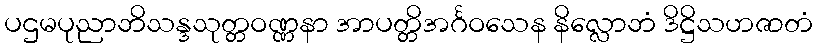
ပဌမပုညာဘိသန္ဒသုတ္တဝဏ္ဏနာ အာပတ္တိအင်္ဂဝသေန နိလ္လောဘံ ဒိဋ္ဌိသဟဇာတံ